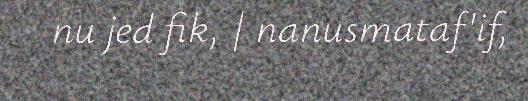
nu jed fik, | nanusmataf'if,